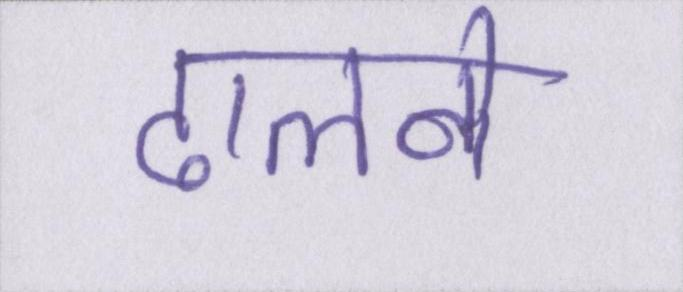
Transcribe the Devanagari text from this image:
ढालने